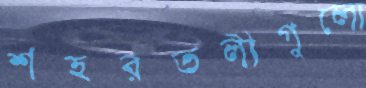
শহরতলীগুলো